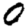
Digit: 0